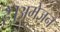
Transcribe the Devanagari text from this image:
है।अमेज़न